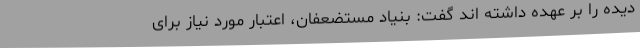
دیده را بر عهده داشته اند گفت: بنیاد مستضعفان، اعتبار مورد نیاز برای